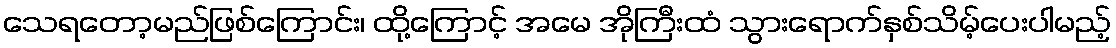
သေရတော့မည်ဖြစ်ကြောင်း၊ ထို့ကြောင့် အမေ အိုကြီးထံ သွားရောက်နှစ်သိမ့်ပေးပါမည့်